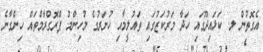
އެގޮތުން ލ. ކަޅައިދޫގައި ހަދާ މަރުކަޒުގައި ތައުލީމާއި ހުނަރުގެ މުހިންމު ޕްރޮގްރާމްތައް ހިންގާނެ